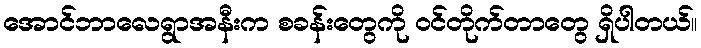
အောင်ဘာလေရွာအနီးက စခန်းတွေကို ဝင်တိုက်တာတွေ ရှိပါတယ်။